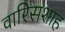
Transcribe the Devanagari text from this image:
वारिसशाह